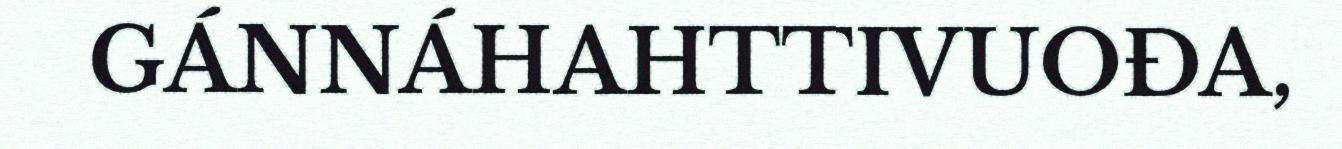
GÁNNÁHAHTTIVUOĐA,